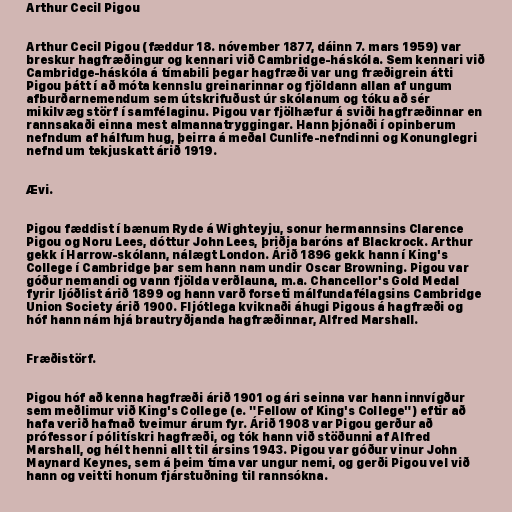
Arthur Cecil Pigou

Arthur Cecil Pigou (fæddur 18. nóvember 1877, dáinn 7. mars 1959) var
breskur hagfræðingur og kennari við Cambridge-háskóla. Sem kennari við
Cambridge-háskóla á tímabili þegar hagfræði var ung fræðigrein átti
Pigou þátt í að móta kennslu greinarinnar og fjöldann allan af ungum
afburðarnemendum sem útskrifuðust úr skólanum og tóku að sér
mikilvæg störf í samfélaginu. Pigou var fjölhæfur á sviði hagfræðinnar en
rannsakaði einna mest almannatryggingar. Hann þjónaði í opinberum
nefndum af hálfum hug, þeirra á meðal Cunlife-nefndinni og Konunglegri
nefnd um tekjuskatt árið 1919.

Ævi.

Pigou fæddist í bænum Ryde á Wighteyju, sonur hermannsins Clarence
Pigou og Noru Lees, dóttur John Lees, þriðja baróns af Blackrock. Arthur
gekk í Harrow-skólann, nálægt London. Árið 1896 gekk hann í King's
College í Cambridge þar sem hann nam undir Oscar Browning. Pigou var
góður nemandi og vann fjölda verðlauna, m.a. Chancellor's Gold Medal
fyrir ljóðlist árið 1899 og hann varð forseti málfundafélagsins Cambridge
Union Society árið 1900. Fljótlega kviknaði áhugi Pigous á hagfræði og
hóf hann nám hjá brautryðjanda hagfræðinnar, Alfred Marshall.

Fræðistörf.

Pigou hóf að kenna hagfræði árið 1901 og ári seinna var hann innvígður
sem meðlimur við King's College (e. "Fellow of King's College") eftir að
hafa verið hafnað tveimur árum fyr. Árið 1908 var Pigou gerður að
prófessor í pólitískri hagfræði, og tók hann við stöðunni af Alfred
Marshall, og hélt henni allt til ársins 1943. Pigou var góður vinur John
Maynard Keynes, sem á þeim tíma var ungur nemi, og gerði Pigou vel við
hann og veitti honum fjárstuðning til rannsókna.